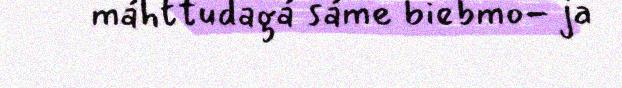
máhttudagá sáme biebmo- ja